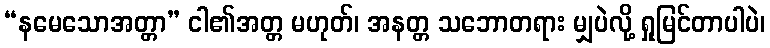
“နမေသောအတ္တာ” ငါ၏အတ္တ မဟုတ်၊ အနတ္တ သဘောတရား မျှပဲလို့ ရှုမြင်တာပါပဲ၊